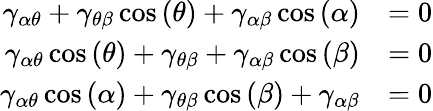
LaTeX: {\begin{array}{rl}{\gamma_{\alpha\theta}+\gamma_{\theta\beta}\cos\left(\theta\right)+\gamma_{\alpha\beta}\cos\left(\alpha\right)}&{=0}\\ {\gamma_{\alpha\theta}\cos\left(\theta\right)+\gamma_{\theta\beta}+\gamma_{\alpha\beta}\cos\left(\beta\right)}&{=0}\\ {\gamma_{\alpha\theta}\cos\left(\alpha\right)+\gamma_{\theta\beta}\cos\left(\beta\right)+\gamma_{\alpha\beta}}&{=0}\end{array}}